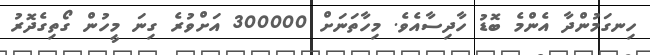
ހިނގަމުންދާ އެންމެ ބޮޑު ހާދިސާއެވެ. މިހާތަނަށް 300000 އަށްވުރެ ގިނަ މީހުން ގޯތިގެދޮރު